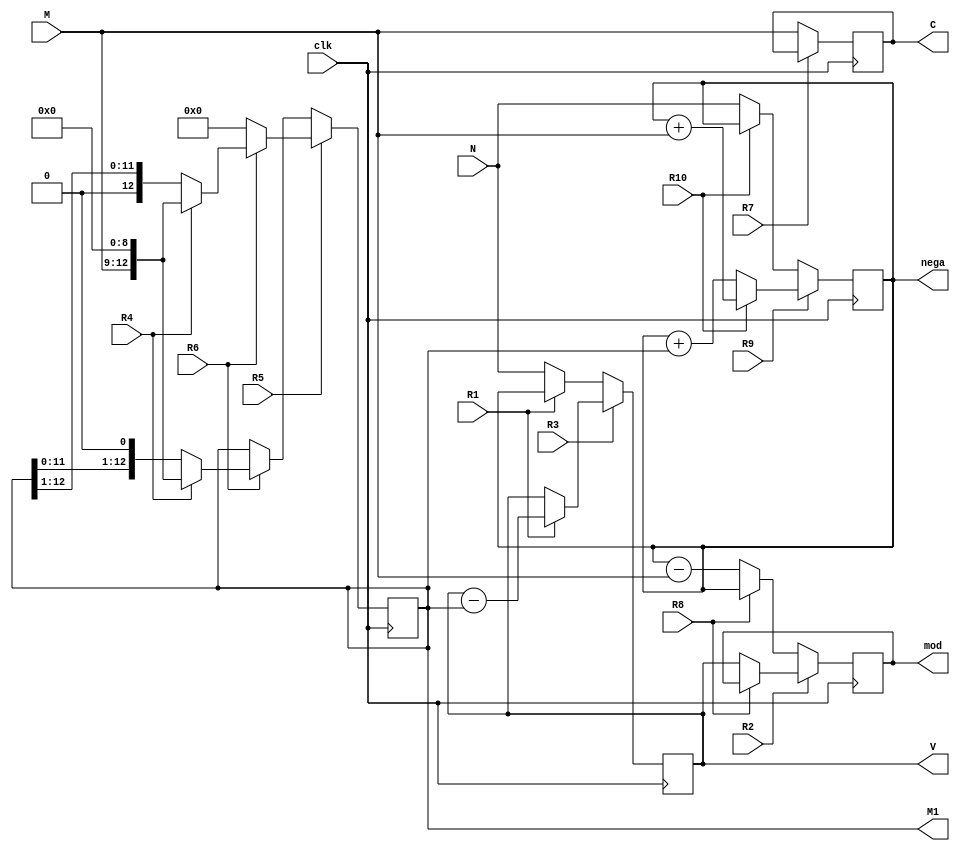
`timescale 1ns / 1ps
//////////////////////////////////////////////////////////////////////////////////
// Company: 
// Engineer: 
// 
// Design Name: 
// Module Name: Modulo3_DP
// Project Name: 
// Target Devices: 
// Tool Versions: 
// Description: 
// 
// Dependencies: 
// 
// Revision:
// Revision 0.01 - File Created
// Additional Comments:
// 
//////////////////////////////////////////////////////////////////////////////////


module Modulo3_DP(
    input clk,
    input signed[12:0]N,
    input [3:0]M,
    output reg [12:0]mod,
    output reg [12:0]V,
    output reg signed [12:0]nega,
    output reg [3:0]C,
    output reg [12:0]M1,
    input R1, R2,R3, R4, R5, R6,R7, R8,R9, R10   
    );
    
    wire [12:0] nextmod;
    wire [12:0] nextM1;
    wire [12:0] nextnega;
    wire [3:0] nextC;
    wire [12:0] nextV;
    
    // Registro M
    always @(posedge clk)
        V <= nextV;
    // Parte combinacional de M
    assign nextV = R3 ? (R1 ? V-M1: V )  : (R1 ? nega:N);
    
    // Registro A
    always @(posedge clk)
        C <= nextC;
    assign nextC = R7 ? C:M;
    
        
    //Registro M1    
    always @(posedge clk)
        M1 <= nextM1;
    // Parte combinacional de RQ
    assign nextM1 = R5 ? (R6 ? (R4 ? {M,9'd0}: {1'b0, M1[12:1]}) : 0):(R6 ? (R4 ? {M,9'd0}: {M1[11:0], 1'b0}) : M1);
    
    always @(posedge clk)
        nega <= nextnega;
    // Parte combinacional de RQ
    assign nextnega = R9 ? R10?(nega+M):(nega+M1):R10?nega:N;
    
    // Registro RP
    always @(posedge clk)
        mod <= nextmod;
    // Parte combinacional de RP
    assign nextmod = R2 ? (R8 ? mod: V) :(R8 ?nega:nega-M);
  

endmodule